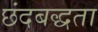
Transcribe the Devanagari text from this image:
छंदबद्धता